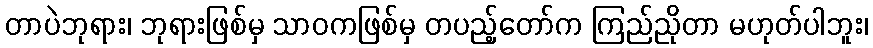
တာပဲဘုရား၊ ဘုရားဖြစ်မှ သာဝကဖြစ်မှ တပည့်တော်က ကြည်ညိုတာ မဟုတ်ပါဘူး၊